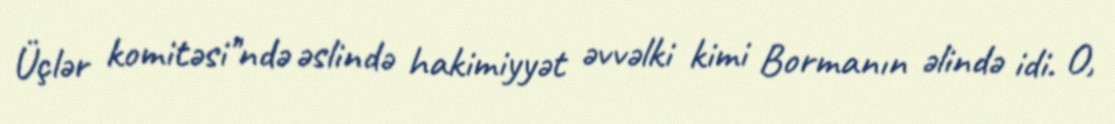
Üçlər komitəsi"ndə əslində hakimiyyət əvvəlki kimi Bormanın əlində idi. O,